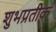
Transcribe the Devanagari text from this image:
शुभप्रतीक